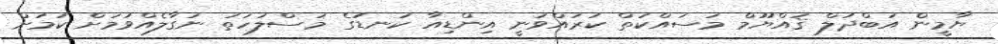
ޔާމީން އަބްދުލް ޤައްޔޫމް މަސައްކަތް ކުރައްވަނީ އިންޑިއާ ކަނޑުގެ މަސްލަހަތު ނަގާލެއްވުމަށް ކަމަށް